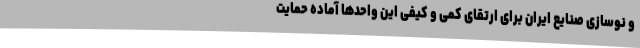
و نوسازی صنایع ایران برای ارتقای کمی و کیفی این واحدها آماده حمایت